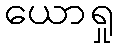
ယောရှု